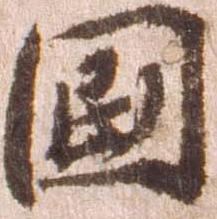
国